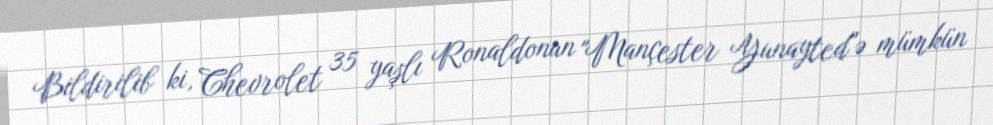
Bildirilib ki, Chevrolet 35 yaşlı Ronaldonun "Mançester Yunayted"ə mümkün